Report of the Indian Hemp Drugs Commission, 1894-1895 - Volume V
Year: 1894
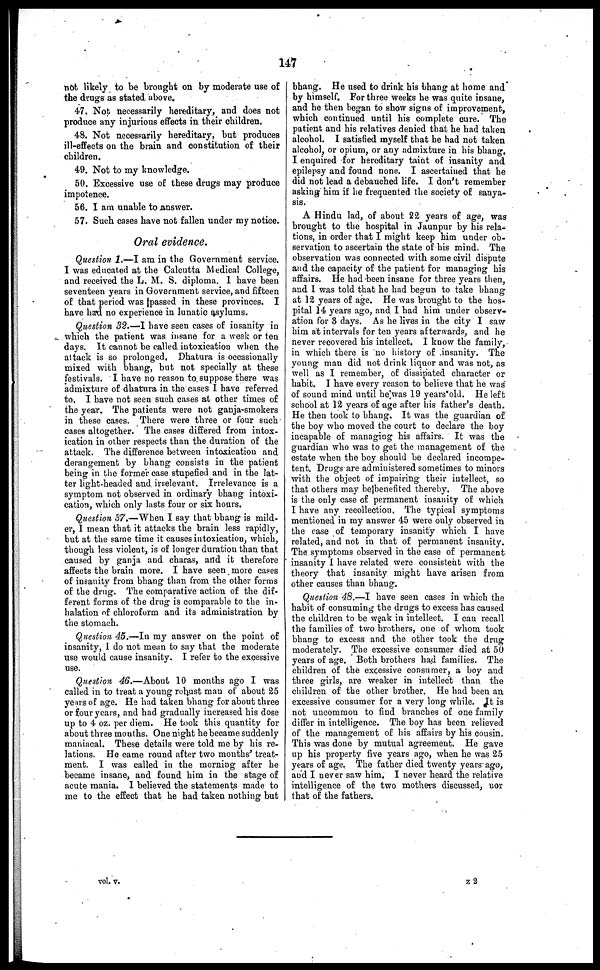
147
not likely to be brought on by moderate use of
the drugs as stated above.
47. Not necessarily hereditary, and does not
produce any injurious effects in their children.
48. Not necessarily hereditary, but produces
ill-effects on the brain and constitution of their
children.
49. Not to my knowledge.
50. Excessive use of these drugs may produce
impotence.
56. I am unable to answer.
57. Such cases have not fallen under my notice.
Oral evidence.
Question 1.—I am in the Government service.
I was educated at the Calcutta Medical College,
and received the L. M. S. diploma. I have been
seventeen years in Government service, and fifteen
of that period was passed in these provinces. I
have had no experience in lunatic asylums.
Question 32.—I have seen cases of insanity in
which the patient was insane for a week or ten
days. It cannot be called intoxication when the
attack is so prolonged. Dhatura is occasionally
mixed with bhang, but not specially at these
festivals. I have no reason to suppose there was
admixture of dhatura in the cases I have referred
to. I have not seen such cases at other times of
the year. The patients were not ganja-smokers
in these cases. There were three or four such
cases altogether. The cases differed from intox-
ication in other respects than the duration of the
attack. The difference between intoxication and
derangement by bhang consists in the patient
being in the former case stupefied and in the lat-
ter light-headed and irrelevant. Irrelevance is a
symptom not observed in ordinary bhang intoxi-
cation, which only lasts four or six hours.
Question 37.—When I say that bhang is mild-
er, I mean that it attacks the brain less rapidly,
but at the same time it causes intoxication, which,
though less violent, is of longer duration than that
caused by ganja and charas, and it therefore
affects the brain more. I have seen more cases
of insanity from bhang than from the other forms
of the drug. The comparative action of the dif-
ferent forms of the drug is comparable to the in-
halation of chloroform and its administration by
the stomach.
Question 45.—In my answer on the point of
insanity, I do not mean to say that the moderate
use would cause insanity. I refer to the excessive
use.
Question 46.—About 10 months ago I was
called in to treat a young robust man of about 25
years of age. He had taken bhang for about three
or four years, and had gradually increased his dose
up to 4 oz. per diem. He took this quantity for
about three mouths. One night he became suddenly
maniacal. These details were told me by his re-
lations. He came round after two months' treat-
ment. I was called in the morning after he
became insane, and found him in the stage of
acute mania. I believed the statements made to
me to the effect that he had taken nothing but
bhang. He used to drink his bhang at home and
by himself. For three weeks he was quite insane,
and he then began to show signs of improvement,
which continued until his complete cure. The
patient and his relatives denied that he had taken
alcohol. I satisfied myself that he had not taken
alcohol, or opium, or any admixture in his bhang,
I enquired for hereditary taint of insanity and
epilepsy and found none. I ascertained that he
did not lead a debauched life. I don't remember
asking him if he frequented the society of sanya-
sis.
A Hindu lad, of about 22 years of age, was
brought to the hospital in Jaunpur by his rela-
tions, in order that I might keep him under ob-
servation to ascertain the state of his mind. The
observation was connected with some civil dispute
and the capacity of the patient for managing his
affairs. He had been insane for three years then,
and I was told that he had begun to take bhang
at 12 years of age. He was brought to the hos-
pital 14 years ago, and I had him under observ-
ation for 3 days. As he lives in the city I saw
him at intervals for ten years afterwards, and he
never recovered his intellect. I know the family,
in which there is no history of insanity. The
young man did not drink liquor and was not, as
well as I remember, of dissipated character or
habit. I have every reason to believe that he was
of sound mind until he was 19 years old. He left
school at 12 years of age after his father's death.
He then took to bhang. It was the guardian of
the boy who moved the court to declare the boy
incapable of managing his affairs. It was the
guardian who was to get the management of the
estate when the boy should be declared incompe-
tent. Drugs are administered sometimes to minors
with the object of impairing their intellect, so
that others may be benefited thereby. The above
is the only case of permanent insanity of which
I have any recollection. The typical symptoms
mentioned in my answer 45 were only observed in
the case of temporary insanity which I have
related, and not in that of permanent insanity.
The symptoms observed in the case of permanent
insanity I have related were consistent with the
theory that insanity might have arisen from
other causes than bhang.
Question 48.—I have seen cases in which the
habit of consuming the drugs to excess has caused
the children to be weak in intellect. I can recall
the families of two brothers, one of whom took
bhang to excess and the other took the drug
moderately. The excessive consumer died at 50
years of age. Both brothers had families. The
children of the excessive consumer, a boy and
three girls, are weaker in intellect than the
children of the other brother. He had been an
excessive consumer for a very long while. It is
not uncommon to find branches of one family
differ in intelligence. The boy has been relieved
of the management of his affairs by his cousin.
This was done by mutual agreement. He gave
up his property five years ago, when he was 25
years of age. The father died twenty years ago,
and I never saw him. I never heard the relative
intelligence of the two mothers discussed, nor
that of the fathers.
vol. v.
z 2